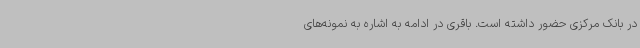
در بانک مرکزی حضور داشته است. باقری در ادامه به اشاره به نمونه‌های